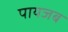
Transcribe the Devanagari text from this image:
पायजब